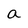
Character: a